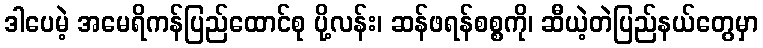
ဒါပေမဲ့ အမေရိကန်ပြည်ထောင်စု ပို့လန်း၊ ဆန်ဖရန်စစ္စကို၊ ဆီယဲ့တဲပြည်နယ်တွေမှာ